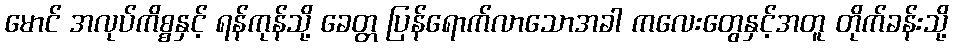
မောင် အလုပ်ကိစ္စနှင့် ရန်ကုန်သို့ ခေတ္တ ပြန်ရောက်လာသောအခါ ကလေးတွေနှင့်အတူ တိုက်ခန်းသို့